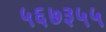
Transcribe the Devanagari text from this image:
५६७३५५